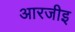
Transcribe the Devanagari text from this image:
आरजीइ